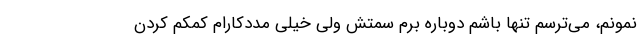
نمونم، می‌ترسم تنها باشم دوباره برم سمتش ولی خیلی مددکارام کمکم کردن